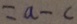
= a - c